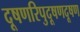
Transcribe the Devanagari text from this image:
दूषणरिपुदूषणदूषण